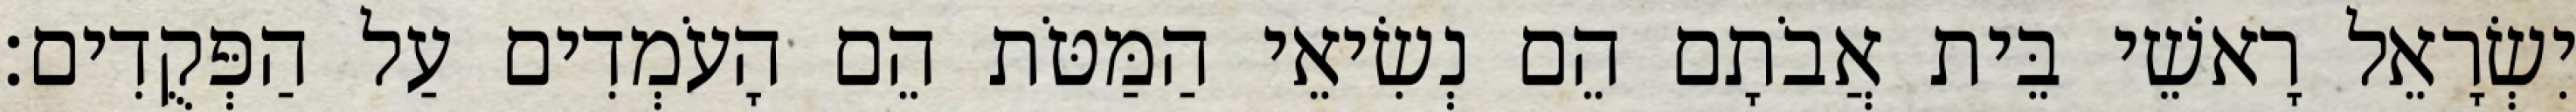
יִשְׂרָאֵל רָאשֵׁי בֵּית אֲבֹתָם הֵם נְשִׂיאֵי הַמַּטֹּת הֵם הָעֹמְדִים עַל הַפְּקֻדִים׃